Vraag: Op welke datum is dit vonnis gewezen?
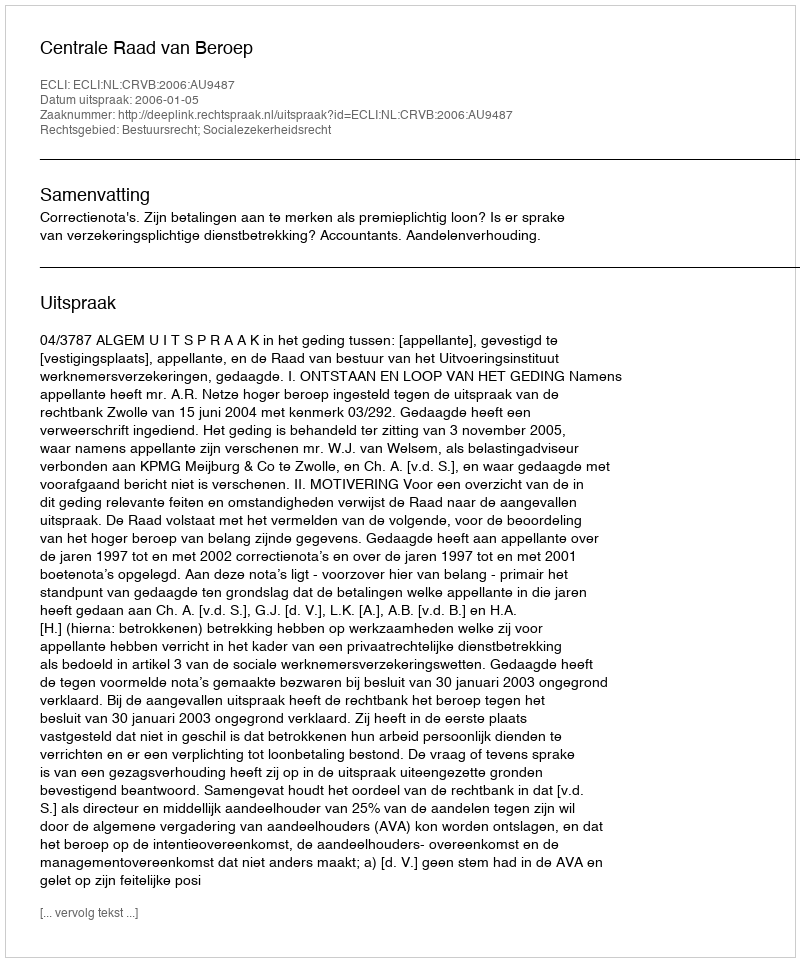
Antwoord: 2006-01-05